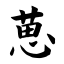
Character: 葸